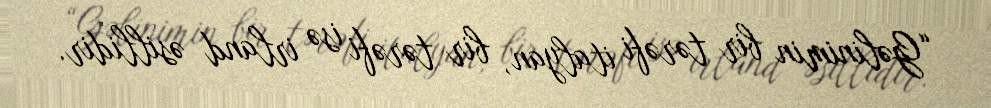
“Gəlinimin bir tərəfi italyan, bir tərəfi isə irland əsillidir.